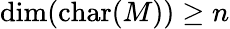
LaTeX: \dim(\operatorname{char}(M))\geq n